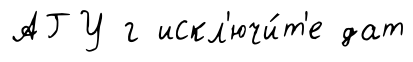
АГУ г искл'ючи́т'е дат